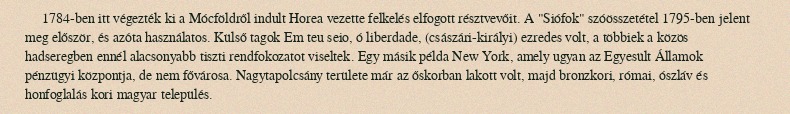
1784-ben itt végezték ki a Mócföldről indult Horea vezette felkelés elfogott résztvevőit. A "Siófok" szóösszetétel 1795-ben jelent meg először, és azóta használatos. Külső tagok Em teu seio, ó liberdade, (császári-királyi) ezredes volt, a többiek a közös hadseregben ennél alacsonyabb tiszti rendfokozatot viseltek. Egy másik példa New York, amely ugyan az Egyesült Államok pénzügyi központja, de nem fővárosa. Nagytapolcsány területe már az őskorban lakott volt, majd bronzkori, római, ószláv és honfoglalás kori magyar település.